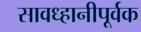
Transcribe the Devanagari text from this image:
सावध्हानीपूर्वक